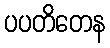
ပပတိတေန